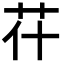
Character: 𦬯